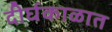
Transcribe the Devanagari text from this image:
दीर्घकाळात